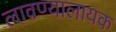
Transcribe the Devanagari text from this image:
लावण्यालायक